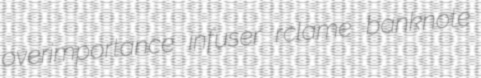
overimportance infuser rclame banknote